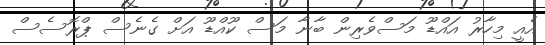
އެއީ މިހާރު އައްޑޫ މަސްވެރިން ބާނާ މަސް ކޫއްޑޫ އަށް ގެނެސް ޕްރޮސެސް